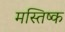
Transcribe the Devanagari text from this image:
मस्‍तिष्क